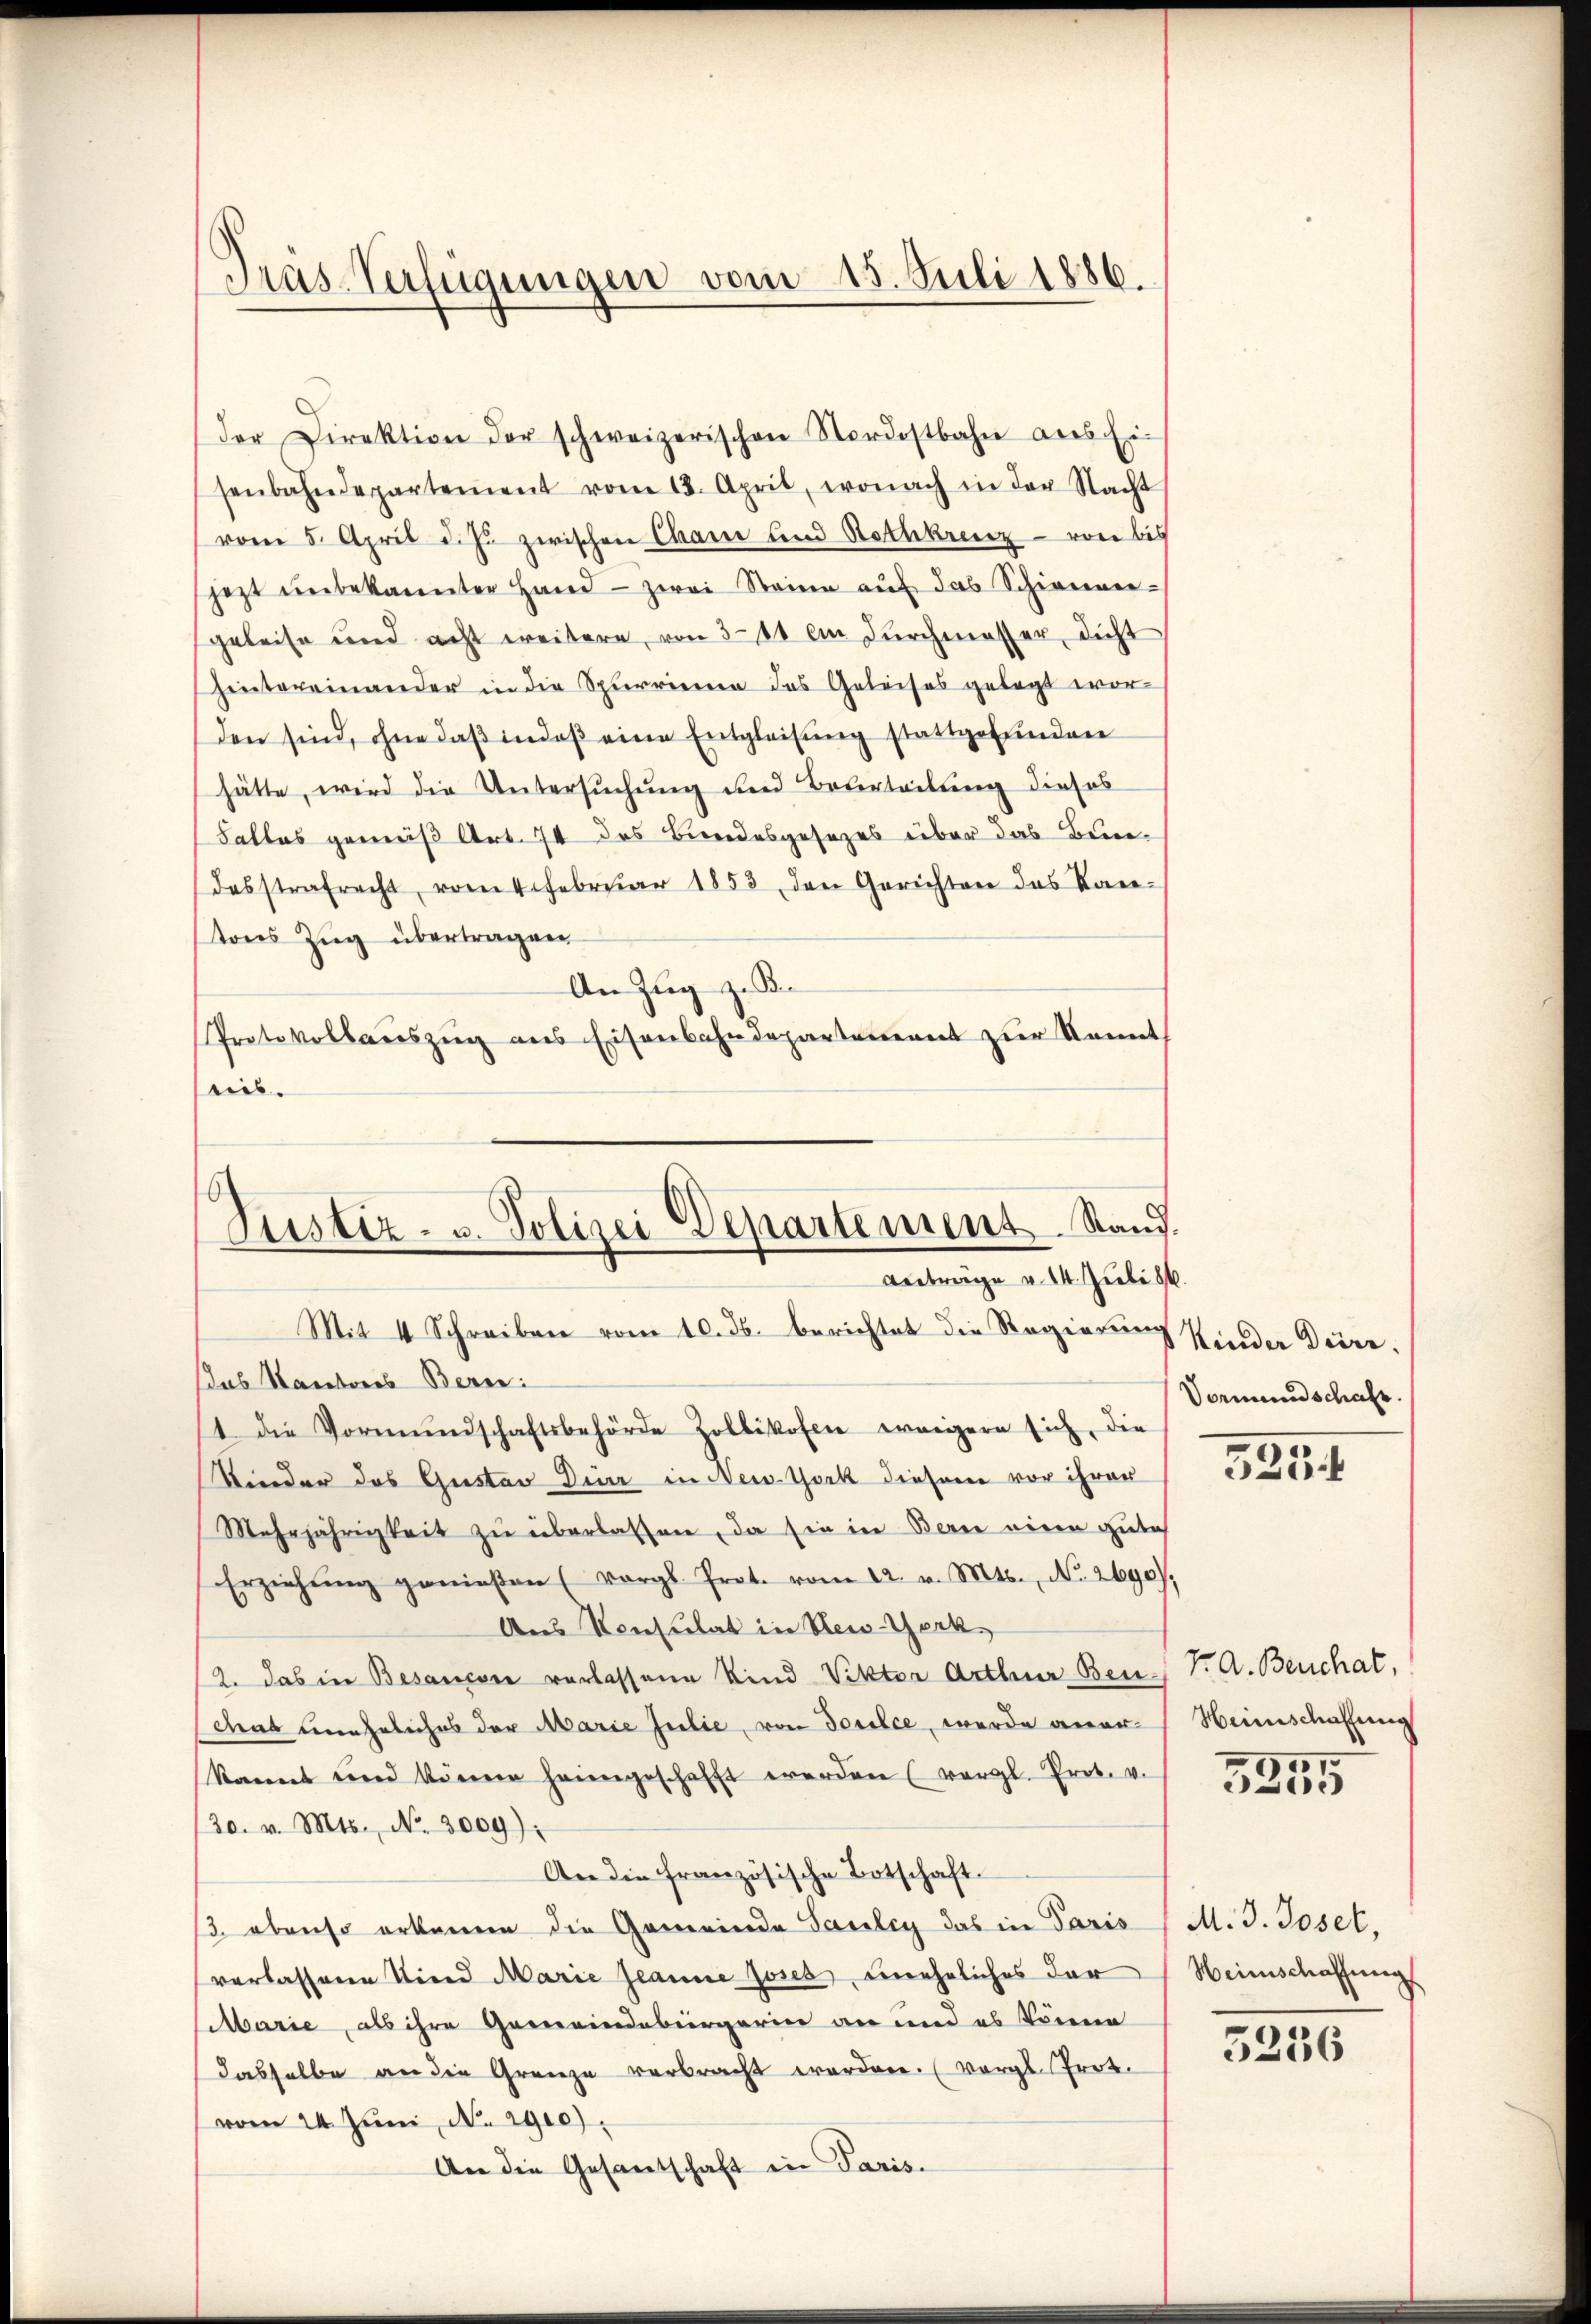
Präs-Verfügungen vom 15. Juli 1886.

der Direktion der schweizerischen Nordostbahn aus Ei-
senbahndepartement vom 18. April, wonach in der Nacht
vom 5. April d. J. zwischen Chaue und Rothkreuz - von bis
jezt ŭnbekannter Hand - zwei Steine aŭf das Schienen-
geleise und acht weitere, von 3-11 an durchmesser, dicht
hintereinander in die Spurrienen des Geleises gelegt worden sind, ohne daß in daß eine Entgleisung stattgefunden
hätte, wird die Untersuchung und Beterteilung dieses
Falles gemäß Art. 74 des Bundesgesezes über das Benedesstrafrecht, vom 1 Februar 1853 den Gerichten das Kantons Zug übertragen
An Zug z. B.
Protokollauszug aus Eisenbahndepartement zur Kennt
ties.
Justiz- u. Polizei Departement. Stand.

Anträge v. 14. Juli 186

Mit 4 Schreiben vom 10. ds. berichtet die Regierung Kinder Düre.
Das Kantons Bern:
1. die Vormŭndschaftsbehörde Zollikofen wenigern sich, die
Kinder das Gustav Diur in New-York diesem vor ihren
Mehrjährigkeit zŭ überlassen, da sie in Bern einen gute
Erziehŭng genießen (vergl. Prot. vom 12. v. Mts., N. 2690),
Aus Konsulat in Rei-Gerk
2. das in Besancore verlassene Kind Viktor Arthur Ben.) Dr. A. Beuchat,
deus uneheliches der Marie Julie, von doulce, werde aner-Weinschaffung
kannt und könne heimgeschafft werden (vergl. Prot. v.
20. v. Mts., No. 3009):
An die französische Botschaft.
/3 ebenso erkanne die Gemeinde Sauley das in Paris, M. J. Josel,
verlassene Kind Marie Jeanne Joses, uneheliches der Weinschaffungs
Marie, als ihre Gemeindebürgerin an und es könne
dasselbe an die Grenze verbracht werden. (Vergl. Prot
vom 24. Juni, N. 2900).
An die Gesantschaft in Paris.

Vormundschaft.

525

6
e

5256